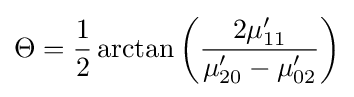
\Theta ={\frac {1}{2}}\arctan \left({\frac {2\mu '_{11}}{\mu '_{20}-\mu '_{02}}}\right)